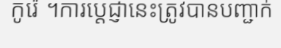
កូរ៉េ ។ការប្តេជ្ញានេះត្រូវបានបញ្ជាក់